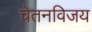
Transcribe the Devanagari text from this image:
चेतनविजय